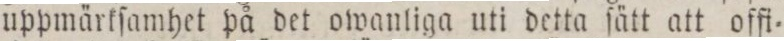
uppmärkſamhet på det owanliga uti detta ſätt att offi=